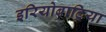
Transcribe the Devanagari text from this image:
इरियोबाट्रिया